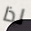
لذا